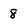
Character: 8